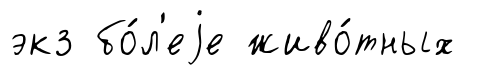
экз бо́л'еjе живо́тных